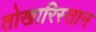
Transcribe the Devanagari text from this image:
तोखारिस्तान